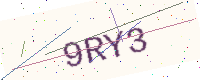
Text: 9RY3